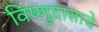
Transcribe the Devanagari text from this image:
विष्णुदासाचे